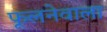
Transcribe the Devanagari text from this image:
फूलनेवाला